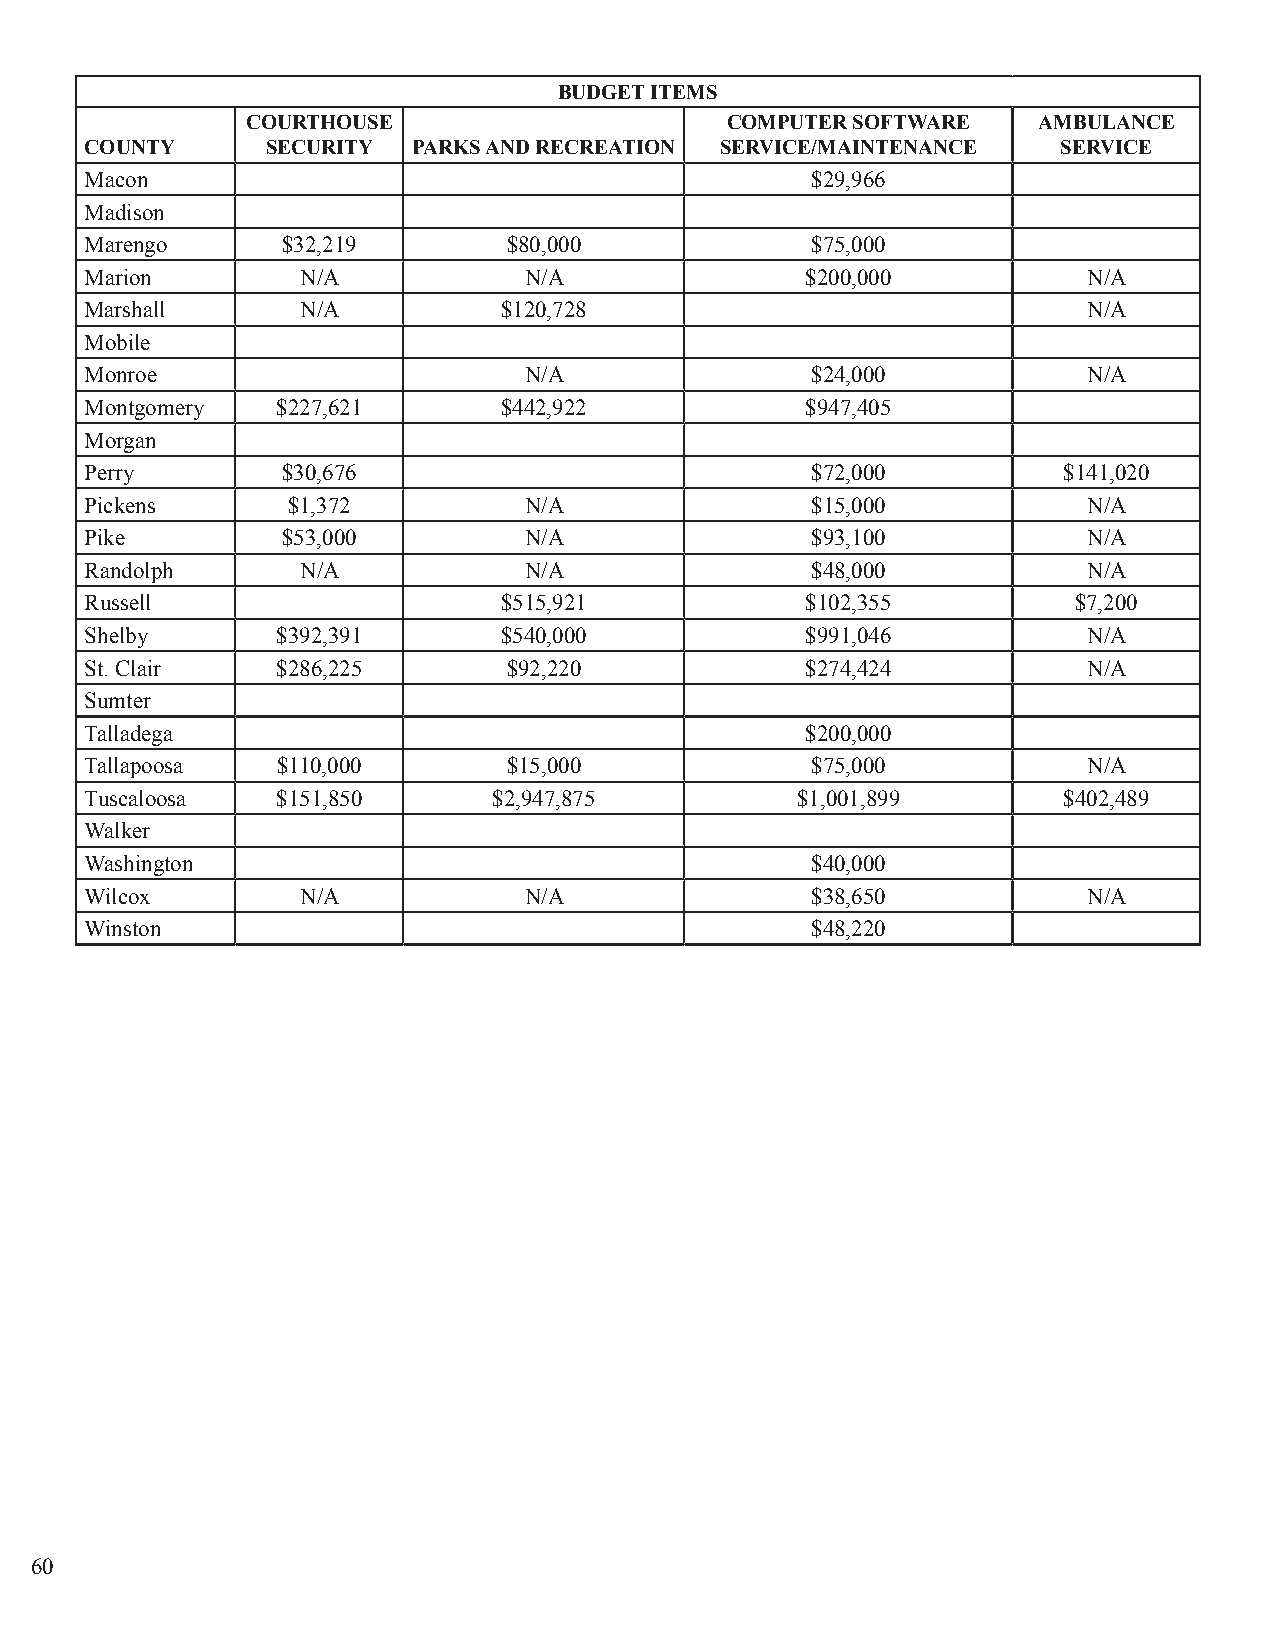
BUDGET ITEMS
 COURTHOUSE                      COMPUTER SOFTWARE    AMBULANCE
 COUNTY      SECURITY PARKS AND RECREATION SERVICE/MAINTENANCE   SERVICE
 Macon                                           $29,966
 Madison
 Marengo      $32,219        $80,000             $75,000
 Marion        N/A            N/A               $200,000           N/A
 Marshall      N/A          $120,728                               N/A
 Mobile
 Monroe                       N/A                $24,000           N/A
 Montgomery  $227,621       $442,922            $947,405
 Morgan
 Perry        $30,676                            $72,000         $141,020
 Pickens      $1,372          N/A                $15,000           N/A
 Pike         $53,000         N/A                $93,100           N/A
 Randolph      N/A            N/A                $48,000           N/A
 Russell                    $515,921            $102,355          $7,200
 Shelby      $392,391       $540,000            $991,046           N/A
 St. Clair   $286,225        $92,220            $274,424           N/A
 Sumter
 Talladega                                      $200,000
 Tallapoosa  $110,000        $15,000             $75,000           N/A
 Tuscaloosa  $151,850       $2,947,875          $1,001,899       $402,489
 Walker
 Washington                                      $40,000
 Wilcox        N/A            N/A                $38,650           N/A
 Winston                                         $48,220
 60